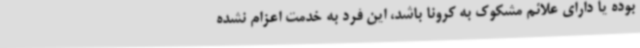
بوده یا دارای علائم مشکوک به کرونا باشد، این فرد به خدمت اعزام نشده